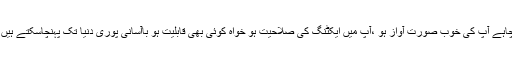
چاہے آپ کی خوب صورت آواز ہو ،آپ میں ایکٹنگ کی صلاحیت ہو خواہ کوئی بھی قابلیت ہو باآسانی پوری دنیا تک پہنچاسکتے ہیں ۔